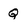
Character: Q